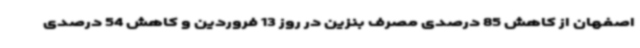
اصفهان از کاهش 85 درصدی مصرف بنزین در روز 13 فروردین و کاهش 54 درصدی